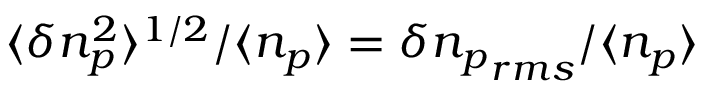
\langle \delta n _ { p } ^ { 2 } \rangle ^ { 1 / 2 } / \langle n _ { p } \rangle = \delta { n _ { p } } _ { r m s } / \langle n _ { p } \rangle